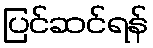
ပြင်ဆင်ရန်